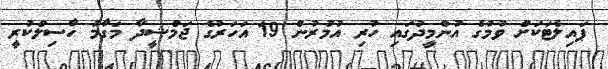
ޕައިލެޓަކަށް ވުމުގެ އުންމީދުގައި ހުރި އުމުރުން 19 އަހަރުގެ ޖަމްޝީދާ މަގާމު ހާސިލްކުރީ